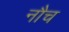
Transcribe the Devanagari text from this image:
नौच